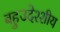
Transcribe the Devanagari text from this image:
बहुउदेश्शीय